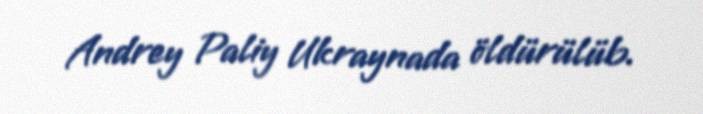
Andrey Paliy Ukraynada öldürülüb.